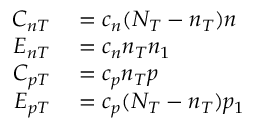
\begin{array} { r l } { C _ { n T } } & { { } = c _ { n } ( N _ { T } - n _ { T } ) n } \\ { E _ { n T } } & { { } = c _ { n } n _ { T } n _ { 1 } } \\ { C _ { p T } } & { { } = c _ { p } n _ { T } p } \\ { E _ { p T } } & { { } = c _ { p } ( N _ { T } - n _ { T } ) p _ { 1 } } \end{array}